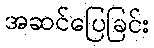
အဆင်ပြေခြင်း